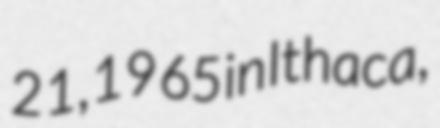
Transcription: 21, 1965 in Ithaca,